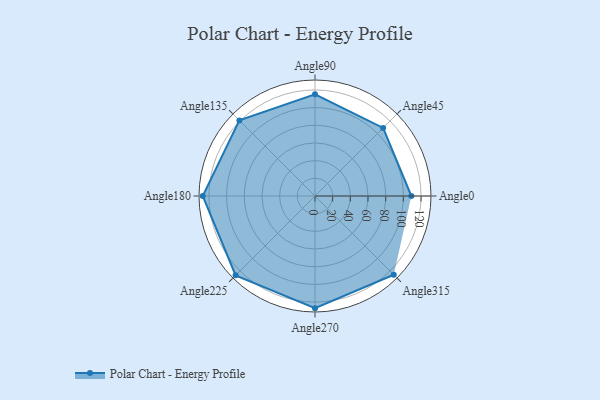
{"axis": {"x": "Angle", "y": "Radius"}, "legend": [""], "data": [{"x": "Angle0", "y": 109.0, "type": ""}, {"x": "Angle45", "y": 109.0, "type": ""}, {"x": "Angle90", "y": 115.0, "type": ""}, {"x": "Angle135", "y": 121.0, "type": ""}, {"x": "Angle180", "y": 127.0, "type": ""}, {"x": "Angle225", "y": 127.0, "type": ""}, {"x": "Angle270", "y": 127.0, "type": ""}, {"x": "Angle315", "y": 126.0, "type": ""}]}